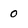
Character: 0